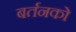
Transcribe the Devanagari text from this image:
बर्तनको